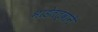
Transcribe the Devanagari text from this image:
भाडेतत्वाने